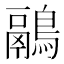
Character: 鷊